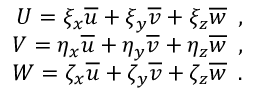
\begin{array} { r } { { U = \xi _ { x } \overline { { u } } + \xi _ { y } \overline { { v } } + \xi _ { z } \overline { { w } } \, \mathrm { ~ , ~ } } } \\ { { V = \eta _ { x } \overline { { u } } + \eta _ { y } \overline { { v } } + \eta _ { z } \overline { { w } } \, \mathrm { ~ , ~ } } } \\ { { W = \zeta _ { x } \overline { { u } } + \zeta _ { y } \overline { { v } } + \zeta _ { z } \overline { { w } } \, \mathrm { ~ . ~ } } } \end{array}